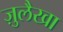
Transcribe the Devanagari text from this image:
ज़ुलैखा